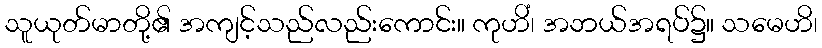
သူယုတ်မာတို့၏ အကျင့်သည်လည်းကောင်း။ ကုဟိံ၊ အဘယ်အရပ်၌။ သမေဟိ၊